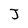
Character: J